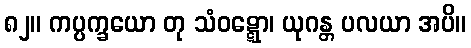
၈၂။ ကပ္ပက္ခယော တု သံဝဋ္ဋော၊ ယုဂန္တ ပလယာ အပိ။